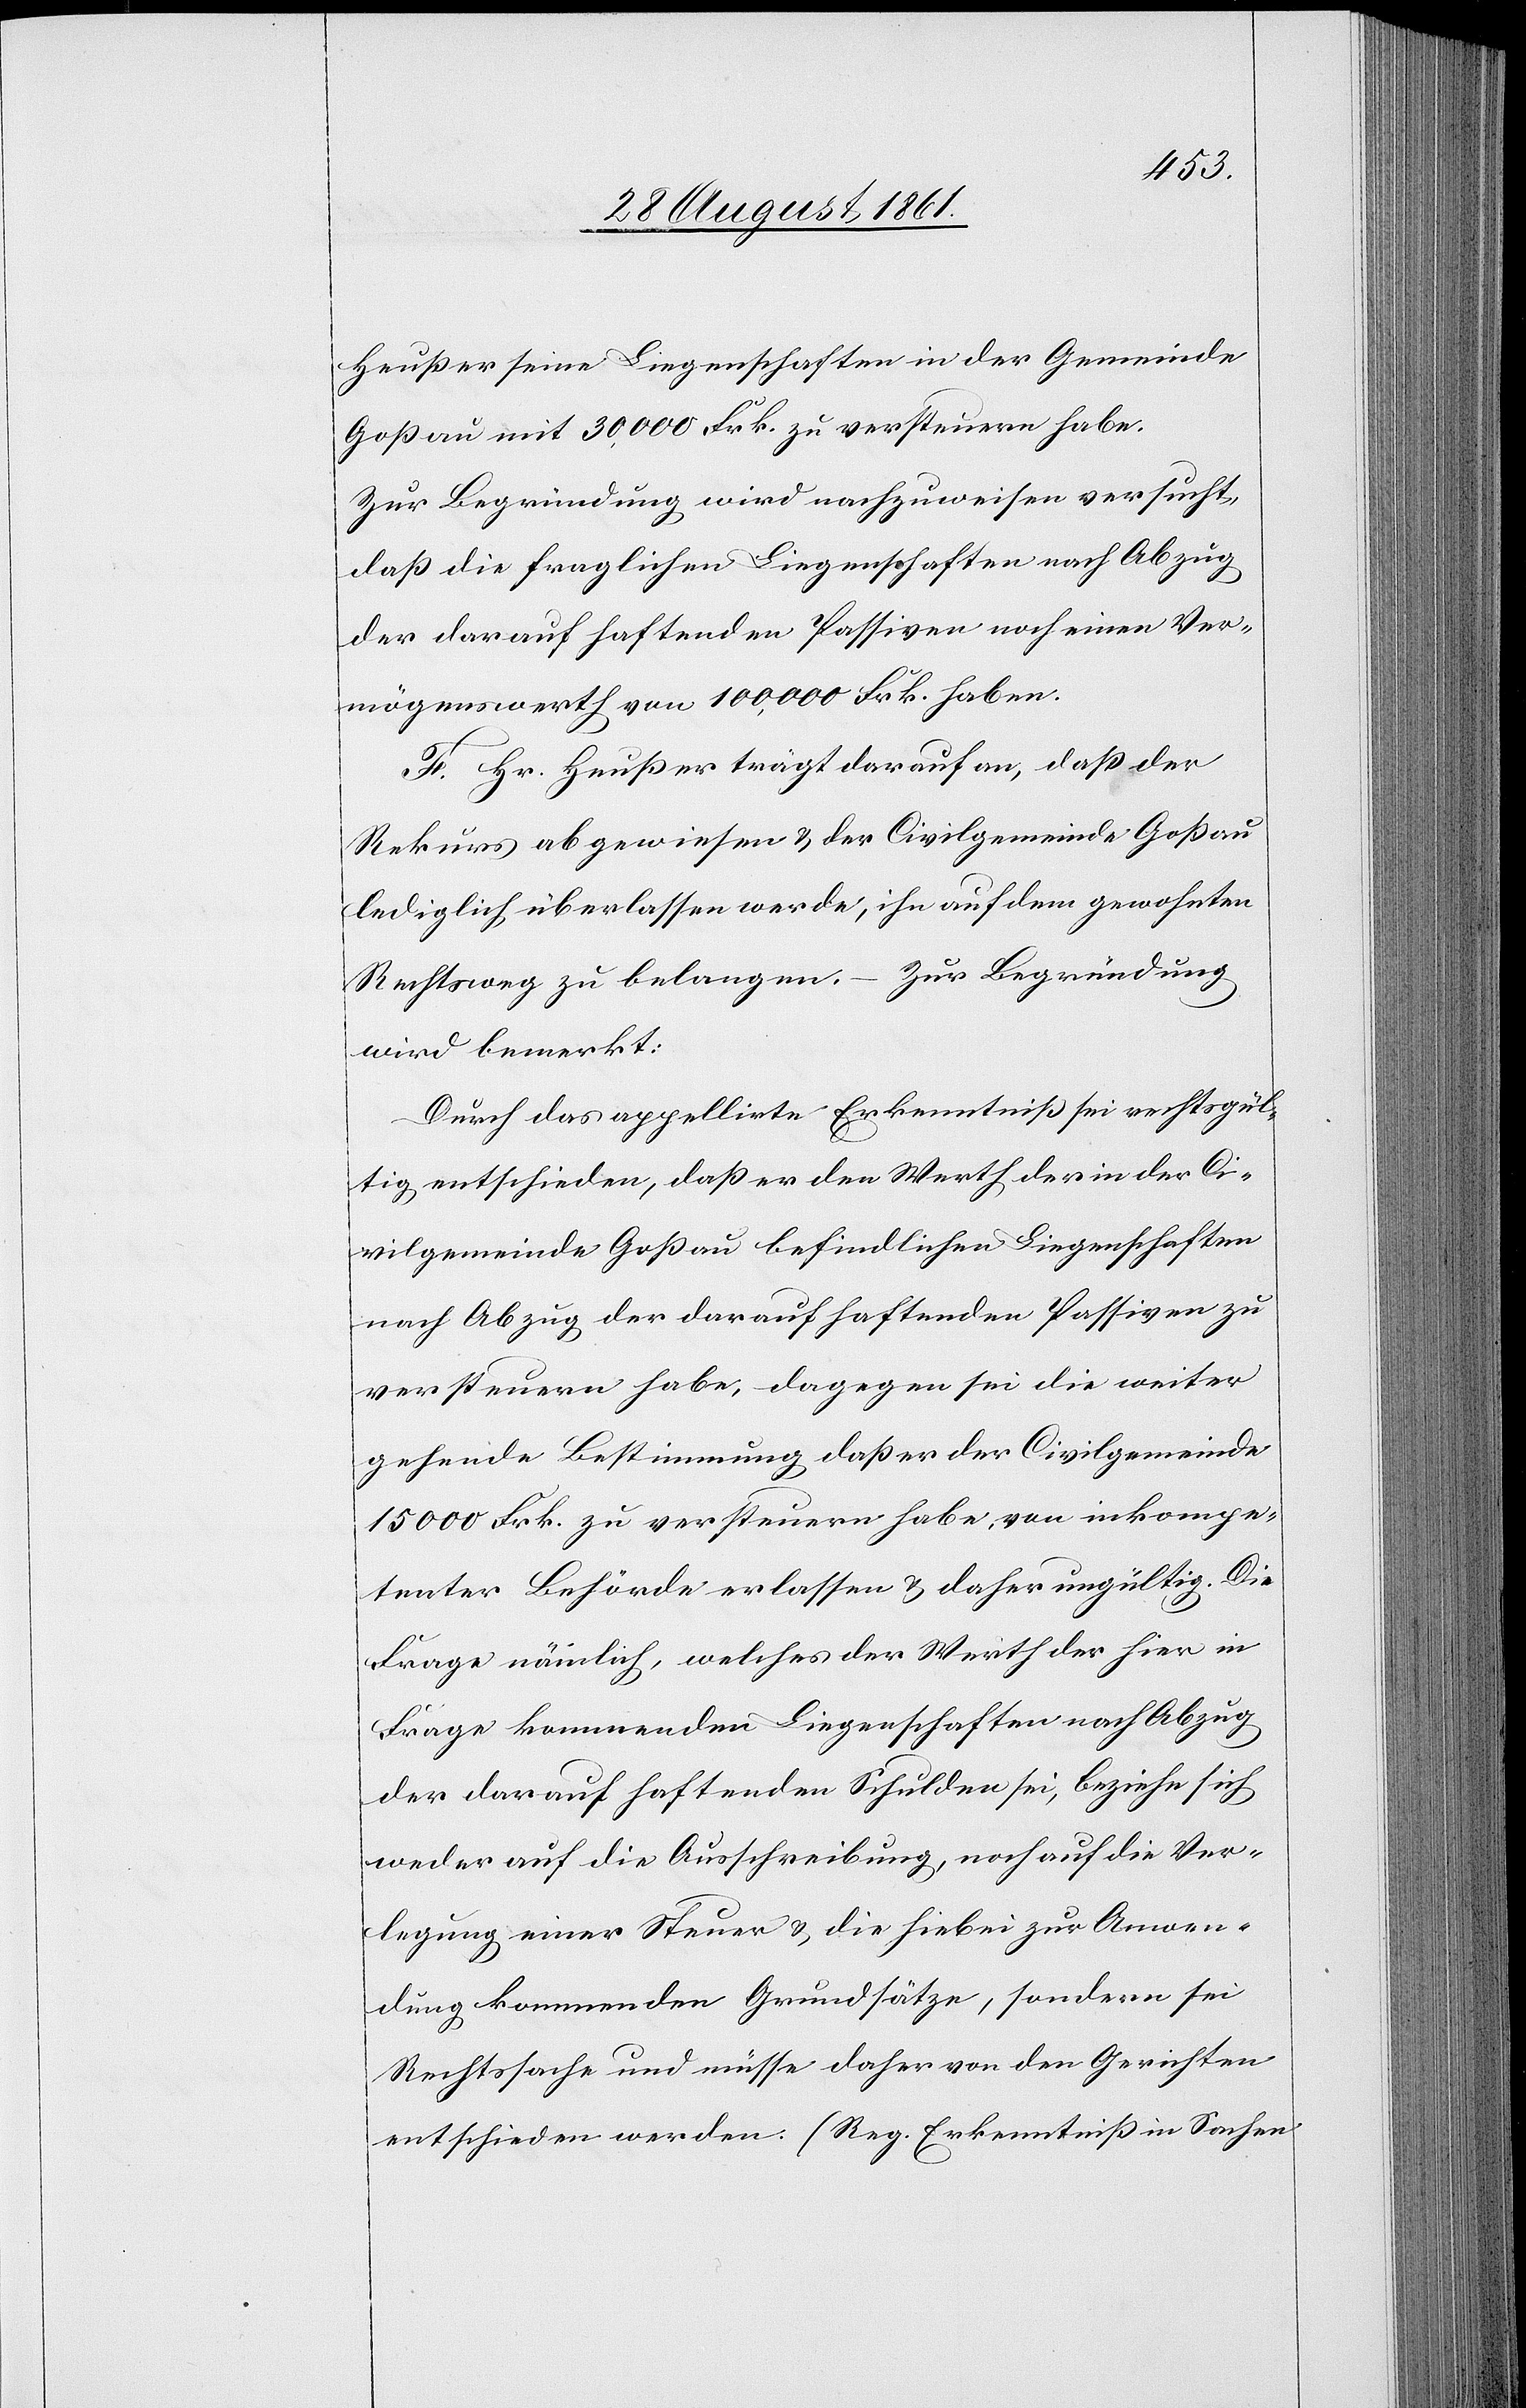
Heußer seine Liegenschaften in der Gemeinde
Goßau mit 30,000 Frk. zu versteuern habe.
Zur Begründung wird nachzuweisen versucht,
daß die fraglichen Liegenschaften nach Abzug
der darauf haftenden Passiven noch einen Ver¬
mögenswerth von 100,000 Frk. haben.
F. Hr. Heußer trägt darauf an, daß der
Rekurs abgewiesen u. der Civilgemeinde Goßau
lediglich überlassen werde, ihn auf dem gewohnten
Rechtsweg zu belangen. – Zur Begründung
wird bemerkt:
Durch das appellirte Erkenntniß sei rechtsgül¬
tig entschieden, daß er den Werth der in der Ci¬
vilgemeinde Goßau befindlichen Liegenschaften
nach Abzug der darauf haftenden Passiven zu
versteuern habe, dagegen sei die weiter
gehende Bestimmung, daß er der Civilgemeinde
15000 Frk. zu versteuern habe, von inkompe¬
tenter Behörde erlassen u. daher ungültig. Die
Frage nämlich, welches der Werth der hier in
Frage kommenden Liegenschaften nach Abzug
der darauf haftenden Schulden sei, beziehe sich
weder auf die Ausschreibung noch auf die Ver¬
legung einer Steuer u. die hiebei zur Anwen¬
dung kommenden Grundsätze, sondern sei
Rechtssache und müsse daher von den Gerichten
entschieden werden. (Reg. Erkenntniß in Sachen